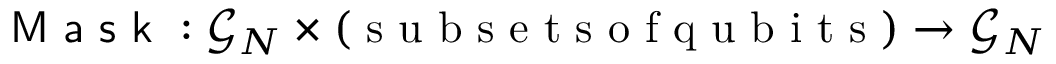
\textsf { M a s k } : \mathcal G _ { N } \times ( \mathrm { ~ s ~ u ~ b ~ s ~ e ~ t ~ s ~ o ~ f ~ q ~ u ~ b ~ i ~ t ~ s ~ } ) \to \mathcal G _ { N }